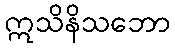
ဣသိနိသဘော